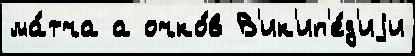
ма́тча а очко́в В'ик'ип'е́д'иjи